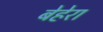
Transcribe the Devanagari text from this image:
बेहेरा